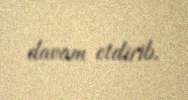
davam etdirib.